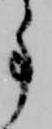
事